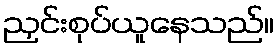
ညှင်းစုပ်ယူနေသည်။